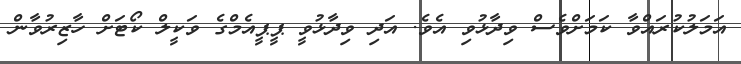
އަމަލުކުރައްވާ ކަމަށްވެސް ވިދާޅުވި އެވެ. އަދި ވިދާޅުވީ ޕީޕީއެމްގެ ވަކީލް ކޯޓަށް ހާޒިރުވާން